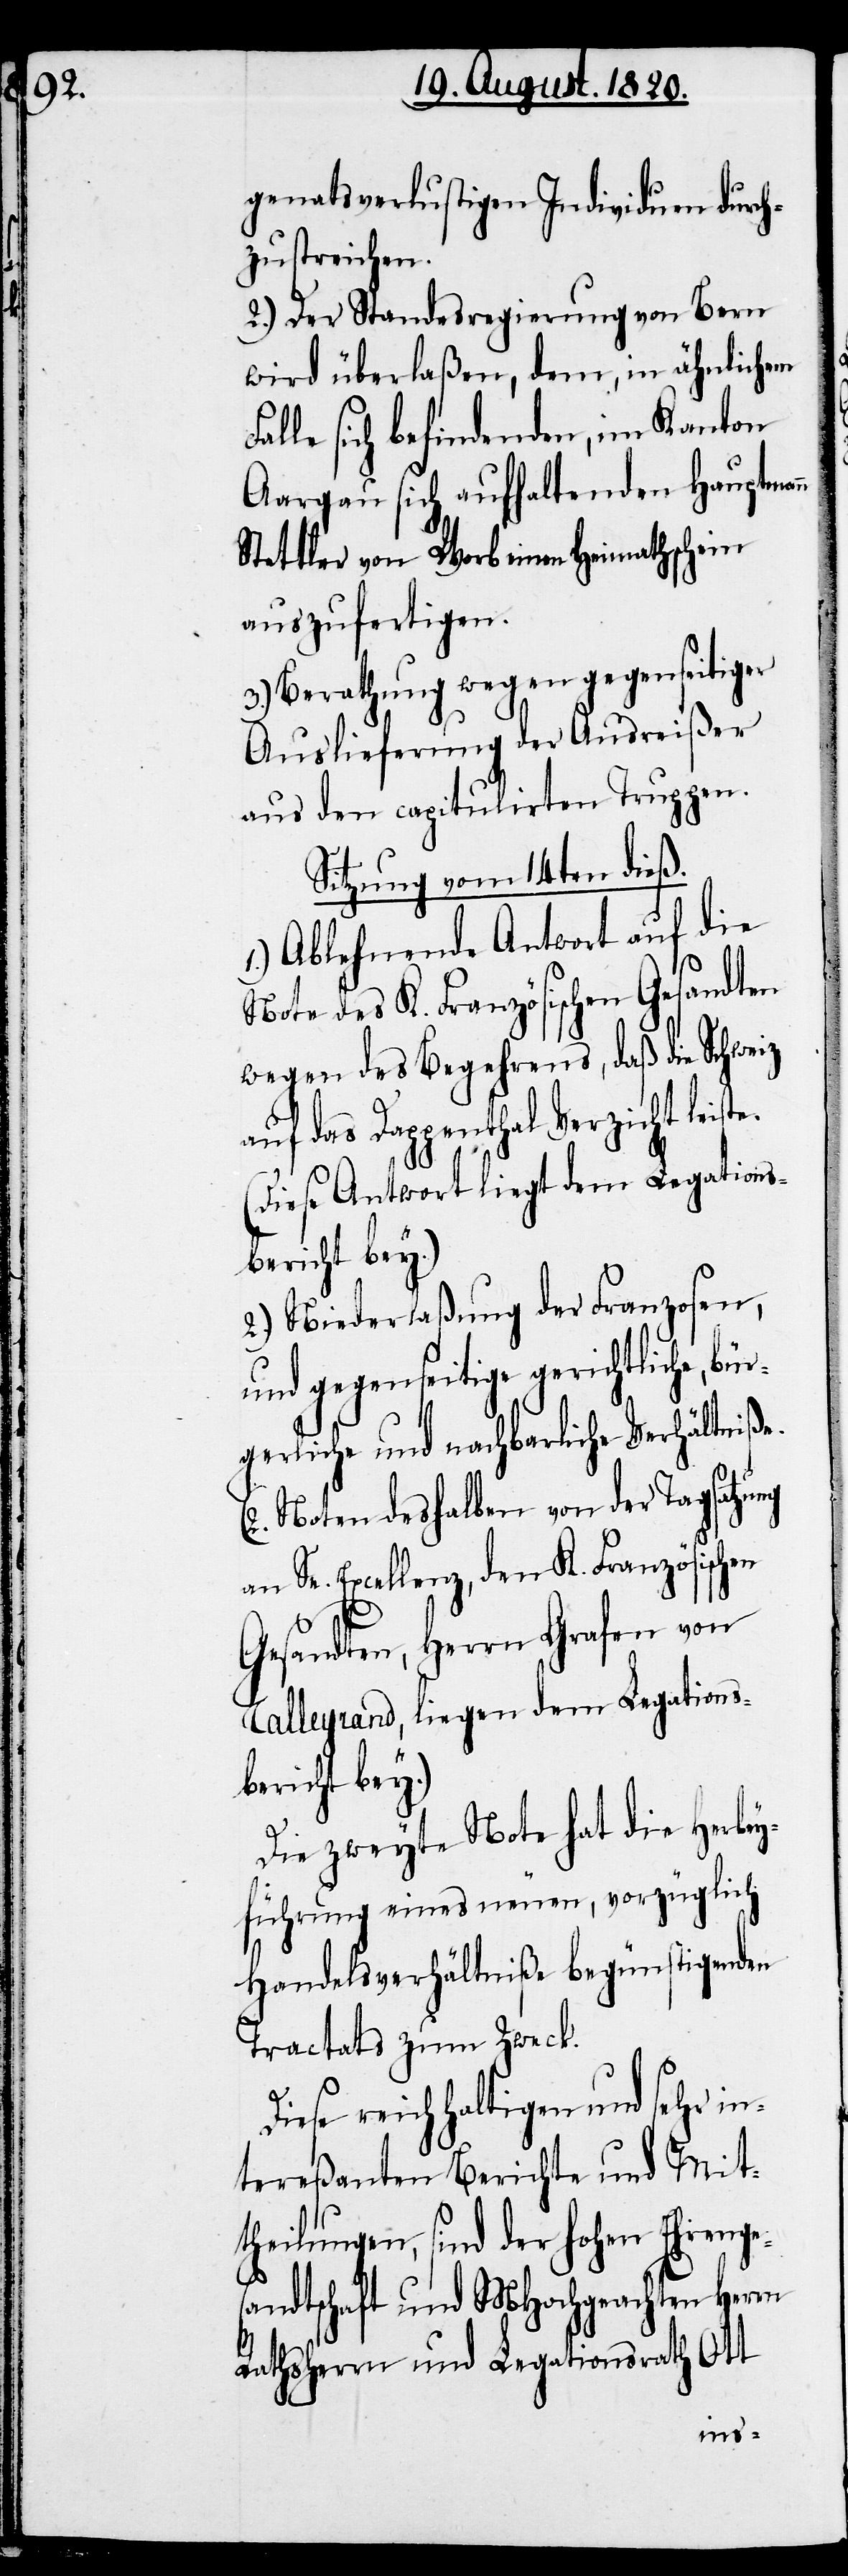
genatsverlustigen Individuen durch¬
zustreichen.
2.) Der Standesregierung von Bern
wird überlaßen, dem, in ähnlichem
le sich befindenden, im Kanton
Aargau sich aufhaltenden Hauptmann
Stattler von Worb einen Heimathschein
auszufertigen.
3.) Berathung wegen gegenseitiger
Auslieferung der Ausreißer
aus den capitulirten Truppen.
Sitzung vom 14ten dieß.
1.) Ablaufende Antwort auf die
Note des K. Französischen Gesandten
wegen des Begehrens, daß die Schweiz
auf das Dappenthal Verzicht leiste.
(Diese Antwort liegt dem Legations¬
bericht bey.)
2.) Niederlaßung der Franzosen,
und gegenseitige gerichtliche, bür¬
gerliche und nachbarliche Verhältniße.
(2. Noten deshalben von der Tagsatzung
an Sr. Excellenz, dem K. Französischen
Gesandten, Herrn Grafen von
Talleyrand, liegen dem Legations¬
bericht bey.)
Die zweyte Note hat die Herbey¬
führung eines neuen, vorzüglich
Handelsverhältniße begünstigenden
Tractats zum Zweck.
Diese reichhaltigen und sehr in¬
tereßanten Berichte und Mit¬
theilungen, sind der hohen Ehrenge¬
sandtschaft und MHochgeachten Herrn
Rathsherrn und Legationsrath Ott
Fal¬